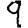
Digit: 9